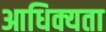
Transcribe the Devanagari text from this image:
आधिक्यता